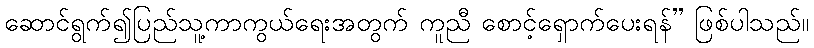
ဆောင်ရွက်၍ပြည်သူ့ကာကွယ်ရေးအတွက် ကူညီ စောင့်ရှောက်ပေးရန်” ဖြစ်ပါသည်။